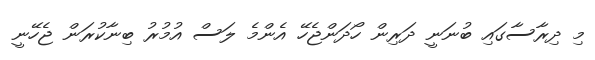
މި ދިރާސާގައި ބުނަނީ ދަރިން ހޯދަންޖެހޭ އެންމެ ލަސް އުމުރު ބިނާކުރަން ޖެހޭނީ